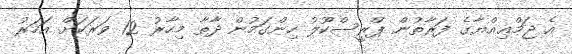
އެ ޖަމްޢިއްޔާގެ ފަރާތުން ޕްރީސްކޫލު ހިންގަމުން ދާތާ މިހާރު 12 ވަރަކަށް އަހަރު